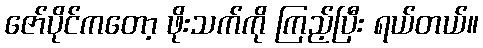
ဇော်ပိုင်ကတော့ ဖိုးသက်ကို ကြည့်ပြီး ရယ်တယ်။